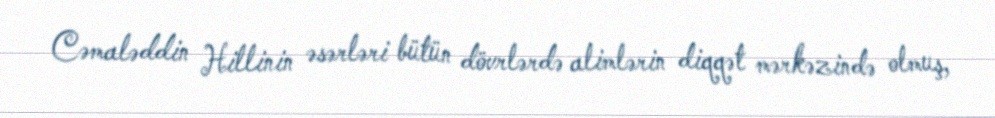
Cəmaləddin Hillinin əsərləri bütün dövrlərdə alimlərin diqqət mərkəzində olmuş,